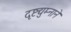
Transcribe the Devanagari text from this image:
दृष्टद्युम्नाने